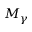
M _ { \gamma }